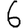
Digit: 6